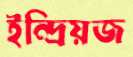
ইন্দ্রিয়জ